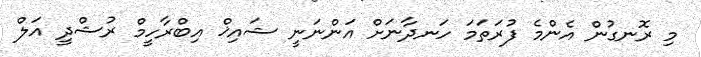
މި ރޮނގުން އެންމެ ފުރަތަމަ ހަނދާނަށް އަންނަނީ ޝައިޚް އިބްރާހީމް ރުޝްދީ އަލް